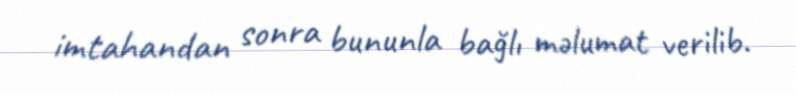
imtahandan sonra bununla bağlı məlumat verilib.